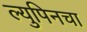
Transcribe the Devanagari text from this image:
ल्युपिनचा